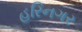
હરિનગર